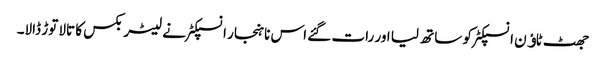
جھٹ ٹاﺅن انسپکٹر کو ساتھ لیا اور رات گئے اس ناہنجار انسپکٹر نے لیٹر بکس کا تالا توڑ ڈالا۔